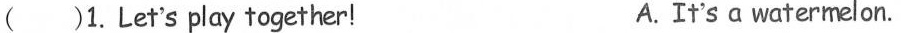
( )1.Let's play together! A.It's a watermelon.